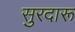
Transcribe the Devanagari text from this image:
सुरदारू